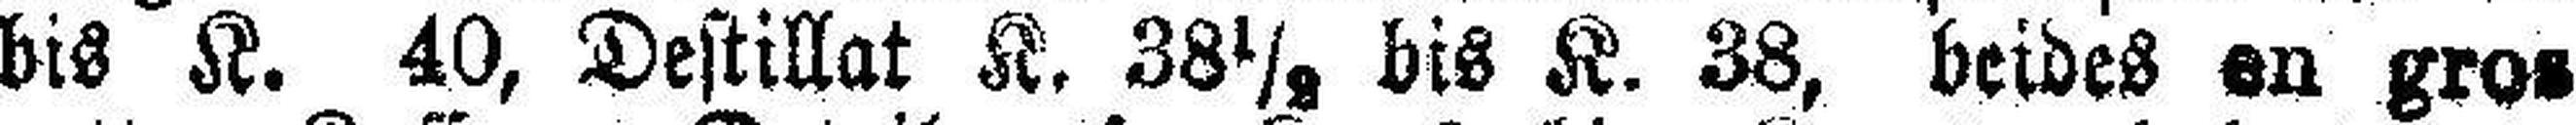
bis K. 40, Destillat K. 38½ bis K. 38, beides en gros